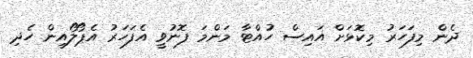
ދެން މިފަހަރު މިކޮޅަށް އައިސް ހުއްޓާ މަންމަ ފޮނުވީ އެފަހަރު އެޕޯލޯއިން ހެދި